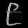
Digit: ၉